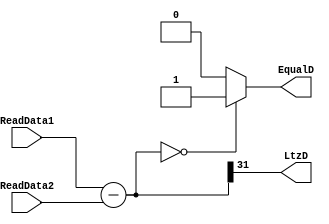
`timescale 1ns / 1ps
//////////////////////////////////////////////////////////////////////////////////
// Company: 
// Engineer: 
// 
// Design Name: 
// Module Name:    CMP 
// Project Name: 
// Target Devices: 
// Tool versions: 
// Description: 
//
// Dependencies: 
//
// Revision: 
// Revision 0.01 - File Created
// Additional Comments: 
//
//////////////////////////////////////////////////////////////////////////////////
module CMP(
	 input  [31:0] ReadData1,          //RS
    input  [31:0] ReadData2,          //Rt
    output  EqualD,                   //ReadData1=ReadData2, EqualD=1
	 output  LtzD                      //ReadData1-ReadData2<0,LtzD=1
    );
	 wire [31:0] result;
	 
	 assign result = ReadData1 - ReadData2;
	 
	 assign EqualD = (result == 32'h0000_0000) ? 1'b1 : 1'b0;
	 
	 assign LtzD = result[31];

endmodule